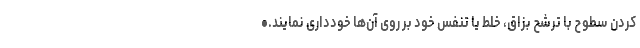
کردن سطوح با ترشح بزاق، خلط یا تنفس خود بر روی آن‌ها خودداری نمایند.•